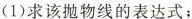
(1)求该抛物线的表达式；